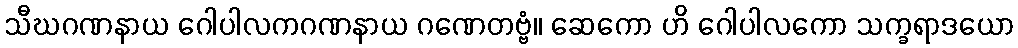
သီဃဂဏနာယ ဂေါပါလကဂဏနာယ ဂဏေတဗ္ဗံ။ ဆေကော ဟိ ဂေါပါလကော သက္ခရာဒယော